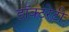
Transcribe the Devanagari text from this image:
डॉक्टरेटी